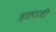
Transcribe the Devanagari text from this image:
हालाजी